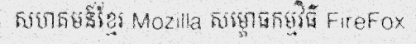
សហគមន៍ខ្មែរ Mozilla សម្ភោធកម្មវិធី FireFox